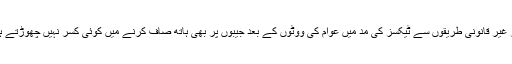
اور غیر قانونی طریقوں سے ٹیکسز کی مد میں عوام کی ووٹوں کے بعد جیبوں پر بھی ہاتھ صاف کرنے میں کوئی کسر نہیں چھوڑتے ہیں۔